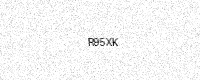
Text: R95XK